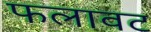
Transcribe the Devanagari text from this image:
फलावट